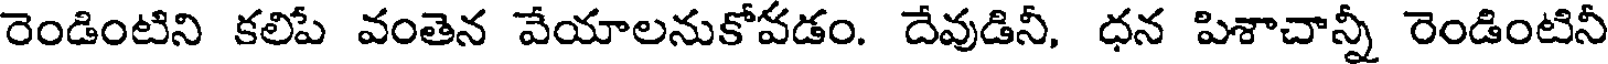
రెండింటిని కలిపే వంతెన వేయాలనుకోవడం. దేవుడినీ, ధన పిశాచాన్నీ రెండింటినీ